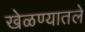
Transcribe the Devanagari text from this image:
खेळण्यातले